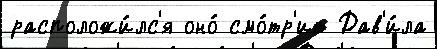
расположи́лс'я оно́ смо́тр'ит Дав'и́ла